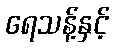
ရေသန့်နှင့်